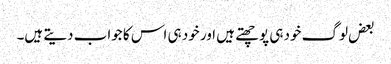
بعض لوگ خود ہی پوچھتے ہیں اور خود ہی اس کا جواب دیتے ہیں۔